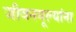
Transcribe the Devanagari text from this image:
जीवनमूल्यांना